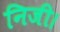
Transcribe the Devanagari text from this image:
निजी।